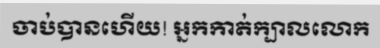
ចាប់បានហើយ! អ្នកកាត់ក្បាលលោក